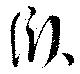
臥